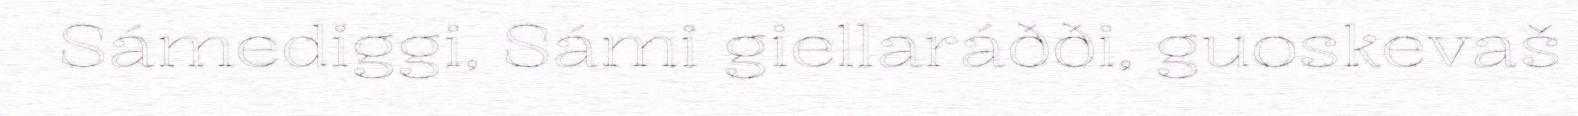
Sámediggi, Sámi giellaráðði, guoskevaš